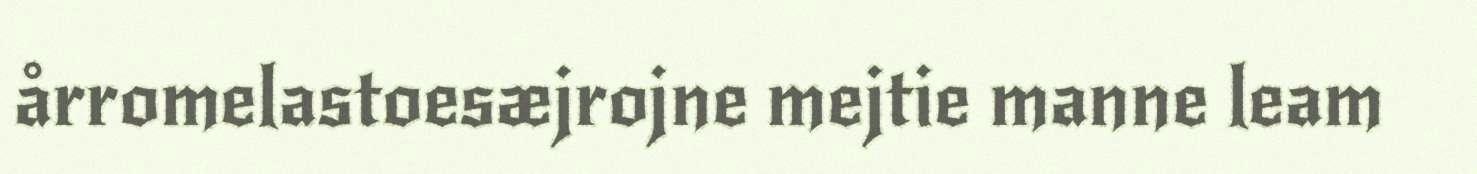
årromelastoesæjrojne mejtie manne leam